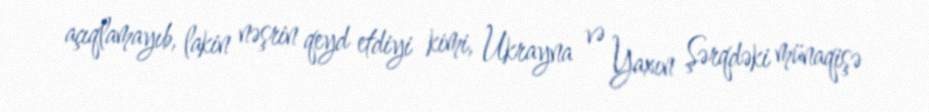
açıqlamayıb, lakin nəşrin qeyd etdiyi kimi, Ukrayna və Yaxın Şərqdəki münaqişə